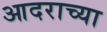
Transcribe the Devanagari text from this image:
आदराच्या